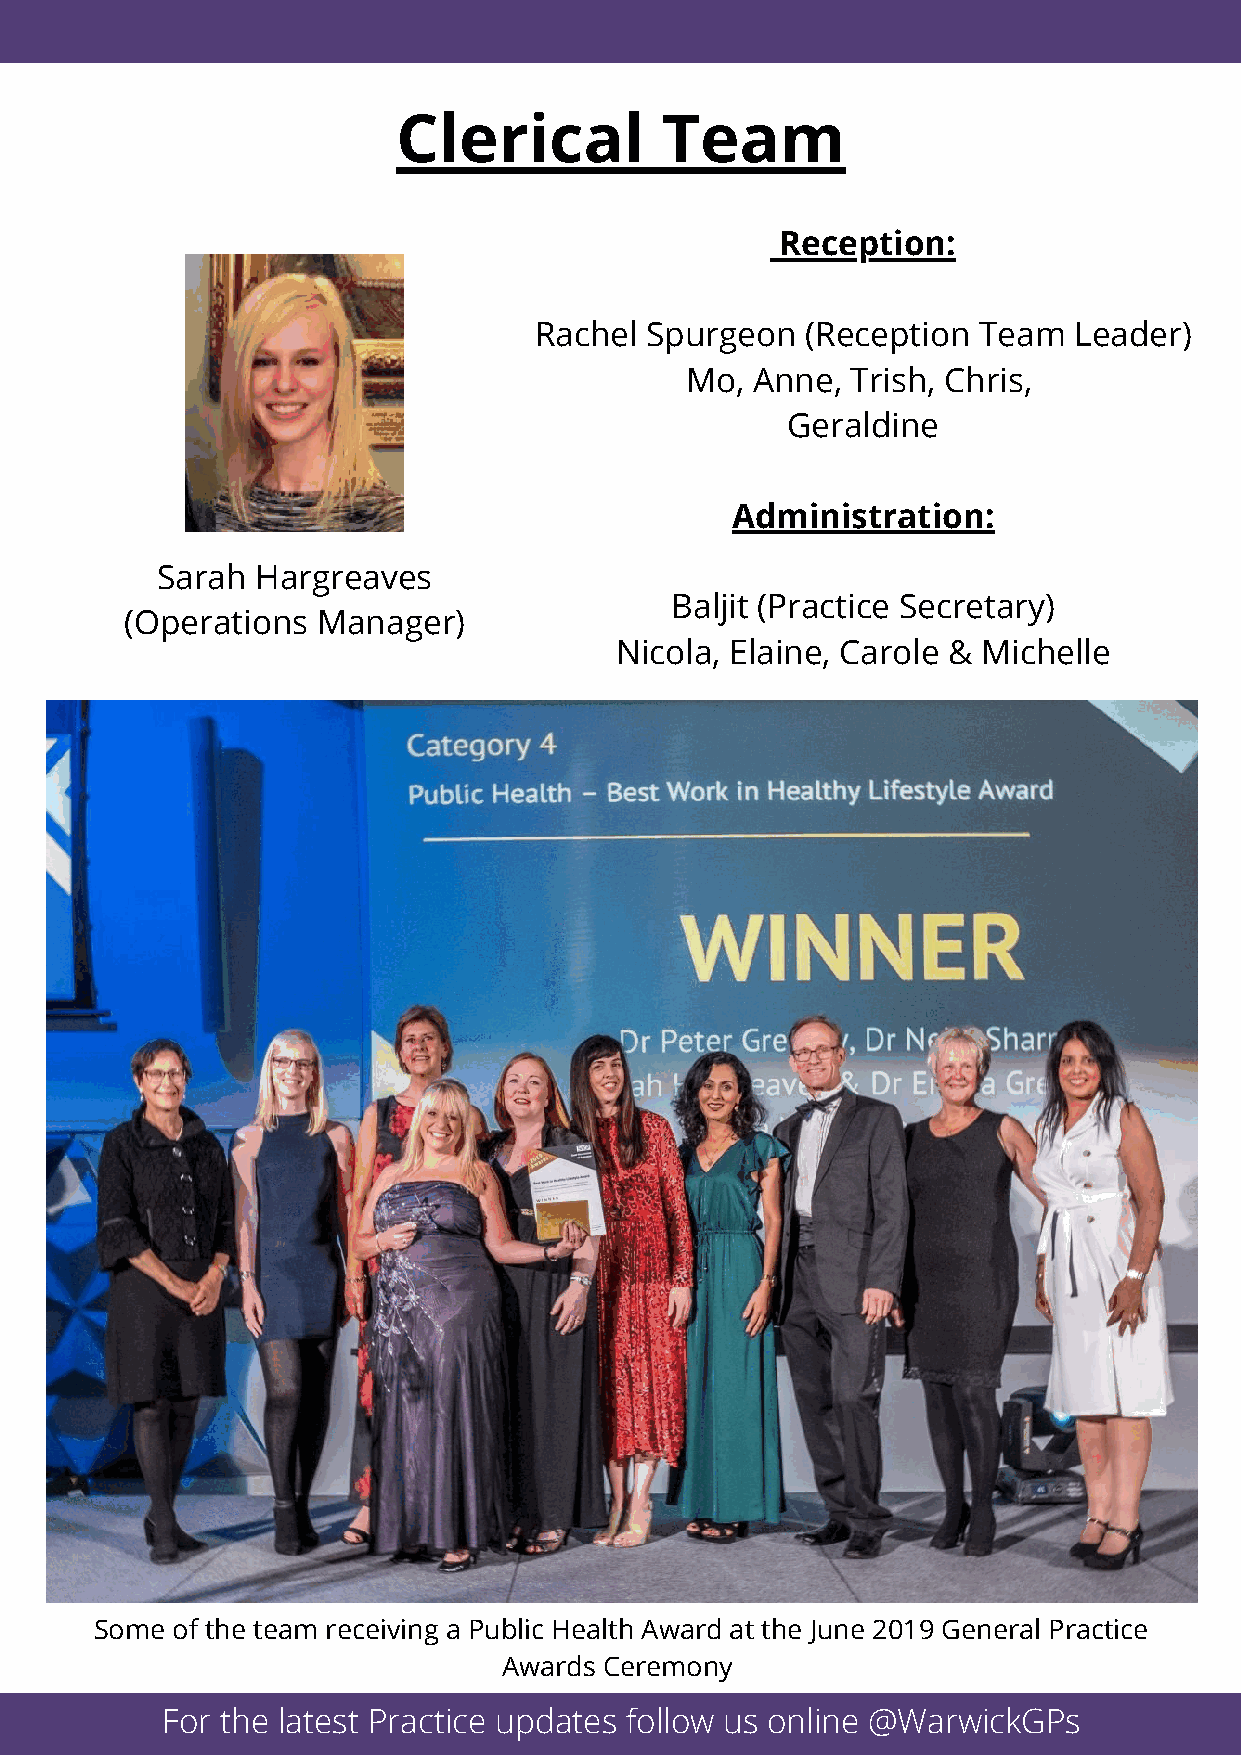
Clerical          Team
 Reception:
 Rachel  Spurgeon  (Reception  Team  Leader)
 Mo,  Anne, Trish, Chris,
 Geraldine
 Administration:
 Sarah  Hargreaves
 Baljit (Practice Secretary)
 (Operations  Manager)
 Nicola, Elaine, Carole & Michelle
 Some of the team receiving a Public Health Award at the June 2019 General Practice
 Awards Ceremony
 For the latest Practice updates follow us online @WarwickGPs